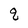
Character: q